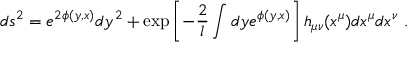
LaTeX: d s ^ { 2 } = e ^ { 2 \phi ( y , x ) } d y ^ { 2 } + \exp \left[ - { \frac { 2 } { l } } \int d y e ^ { \phi ( y , x ) } \right] h _ { \mu \nu } ( x ^ { \mu } ) d x ^ { \mu } d x ^ { \nu } \ .